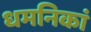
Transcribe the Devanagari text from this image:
धमनिकां